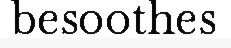
besoothes